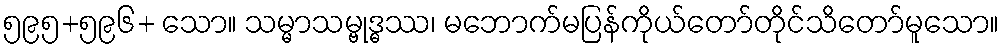
၅၉၅+၅၉၆+ သော။ သမ္မာသမ္ဗုဒ္ဓဿ၊ မဘောက်မပြန်ကိုယ်တော်တိုင်သိတော်မူသော။